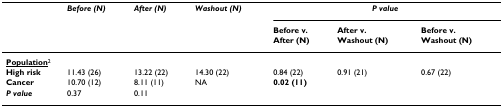
|  | Before (N) | After (N) | Washout (N) | <COLSPAN=3> P value |
 |  |  |  |  | Before v.After (N) | After v.Washout (N) | Before v.Washout (N) |
 | --- | --- | --- | --- | --- | --- | --- |
 | <COLSPAN=7> <underline>Population</underline>2 |
 | High risk | 11.43 (26) | 13.22 (22) | 14.30 (22) | 0.84 (22) | 0.91 (21) | 0.67 (22) |
 | Cancer | 10.70 (12) | 8.11 (11) | NA | 0.02 (11) |  |  |
 | P value | 0.37 | 0.11 |  |  |  |  |